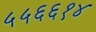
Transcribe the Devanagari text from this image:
५५६६१४